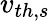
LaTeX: v_{th,s}